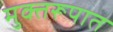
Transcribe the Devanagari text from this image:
मुक्तरूपात